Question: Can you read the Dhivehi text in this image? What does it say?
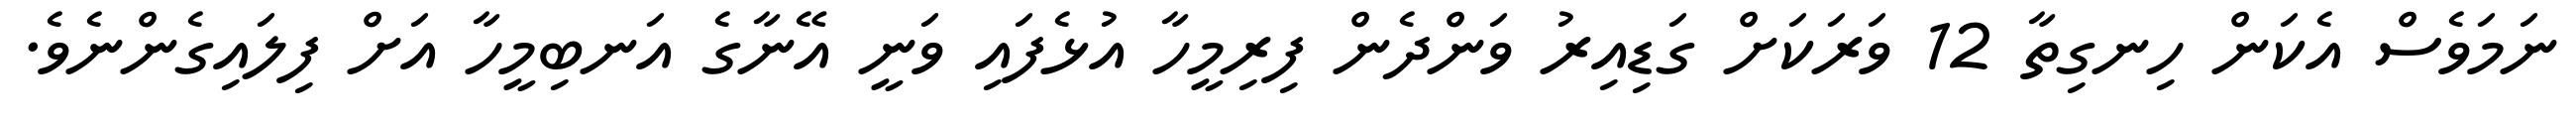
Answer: ނަމަވެސް އެކަން ހިނގިތާ 12 ވަރަކަށް ގަޑިއިރު ވަންދެން ފިރިމީހާ އުޅެފައި ވަނީ އޭނާގެ އަނބިމީހާ އަށް ފިލައިގެންނެވެ.